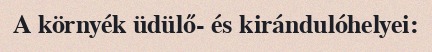
A környék üdülő- és kirándulóhelyei: